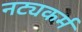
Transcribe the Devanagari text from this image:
नट्यकर्म